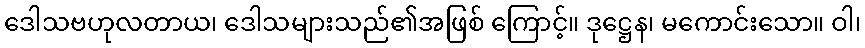
ဒေါသဗဟုလတာယ၊ ဒေါသများသည်၏အဖြစ် ကြောင့်။ ဒုဋ္ဌေန၊ မကောင်းသော။ ဝါ၊